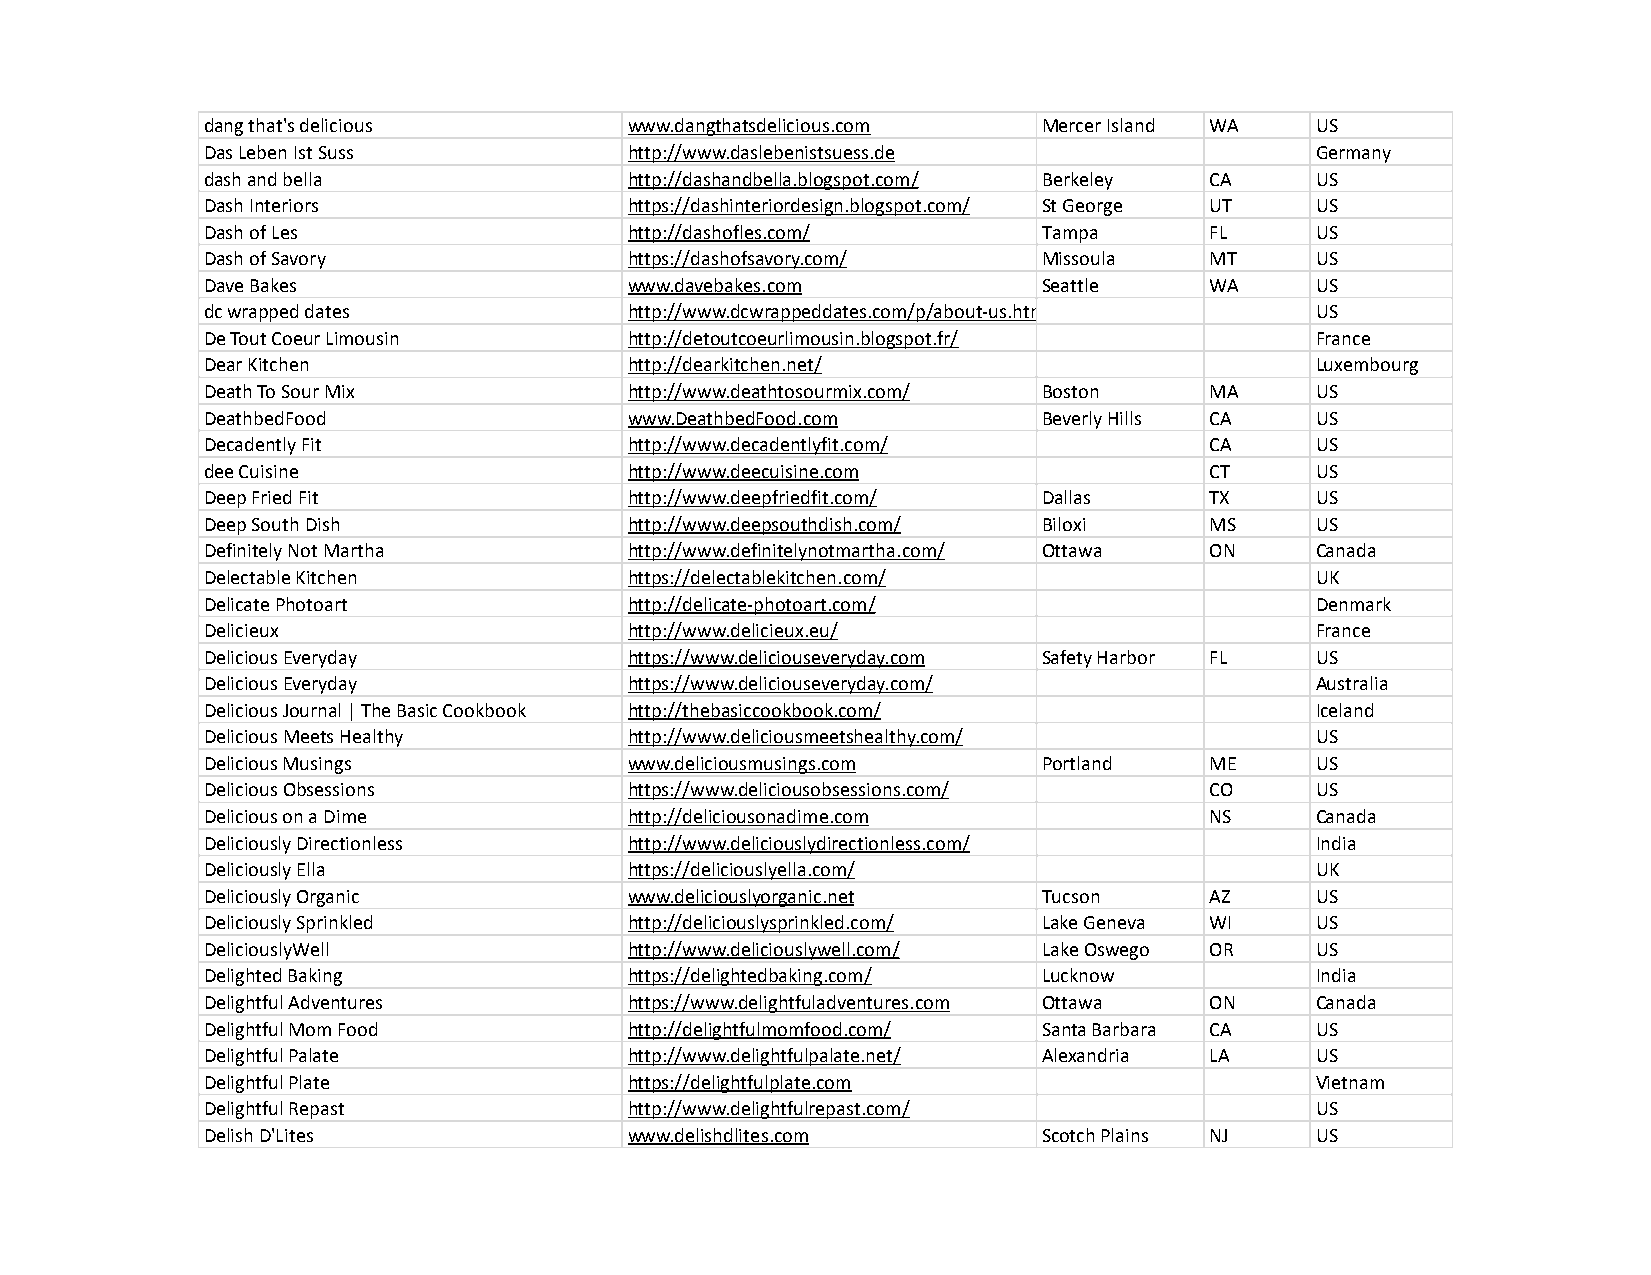
dang that's delicious       www.dangthatsdelicious.com Mercer Island WA  US
 Das Leben Ist Suss          http://www.daslebenistsuess.de               Germany
 dash and bella              http://dashandbella.blogspot.com/ Berkeley CA US
 Dash Interiors              https://dashinteriordesign.blogspot.com/ St George UT US
 Dash of Les                 http://dashofles.com/      Tampa      FL     US
 Dash of Savory              https://dashofsavory.com/  Missoula   MT     US
 Dave Bakes                  www.davebakes.com          Seattle    WA     US
 dc wrapped dates            http://www.dcwrappeddates.com/p/about-us.html US
 De Tout Coeur Limousin      http://detoutcoeurlimousin.blogspot.fr/      France
 Dear Kitchen                http://dearkitchen.net/                      Luxembourg
 Death To Sour Mix           http://www.deathtosourmix.com/ Boston MA     US
 DeathbedFood                www.DeathbedFood.com       Beverly Hills CA  US
 Decadently Fit              http://www.decadentlyfit.com/         CA     US
 dee Cuisine                 http://www.deecuisine.com             CT     US
 Deep Fried Fit              http://www.deepfriedfit.com/ Dallas   TX     US
 Deep South Dish             http://www.deepsouthdish.com/ Biloxi  MS     US
 Definitely Not Martha       http://www.definitelynotmartha.com/ Ottawa ON Canada
 Delectable Kitchen          https://delectablekitchen.com/               UK
 Delicate Photoart           http://delicate-photoart.com/                Denmark
 Delicieux                   http://www.delicieux.eu/                     France
 Delicious Everyday          https://www.deliciouseveryday.com Safety Harbor FL US
 Delicious Everyday          https://www.deliciouseveryday.com/           Australia
 Delicious Journal | The Basic Cookbook http://thebasiccookbook.com/      Iceland
 Delicious Meets Healthy     http://www.deliciousmeetshealthy.com/        US
 Delicious Musings           www.deliciousmusings.com   Portland   ME     US
 Delicious Obsessions        https://www.deliciousobsessions.com/  CO     US
 Delicious on a Dime         http://deliciousonadime.com           NS     Canada
 Deliciously Directionless   http://www.deliciouslydirectionless.com/     India
 Deliciously Ella            https://deliciouslyella.com/                 UK
 Deliciously Organic         www.deliciouslyorganic.net Tucson     AZ     US
 Deliciously Sprinkled       http://deliciouslysprinkled.com/ Lake Geneva WI US
 DeliciouslyWell             http://www.deliciouslywell.com/ Lake Oswego OR US
 Delighted Baking            https://delightedbaking.com/ Lucknow         India
 Delightful Adventures       https://www.delightfuladventures.com Ottawa ON Canada
 Delightful Mom Food         http://delightfulmomfood.com/ Santa Barbara CA US
 Delightful Palate           http://www.delightfulpalate.net/ Alexandria LA US
 Delightful Plate            https://delightfulplate.com                  Vietnam
 Delightful Repast           http://www.delightfulrepast.com/             US
 Delish D'Lites              www.delishdlites.com       Scotch Plains NJ  US